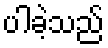
ပါခဲ့သည်